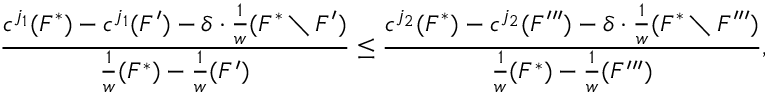
\frac { c ^ { j _ { 1 } } ( F ^ { * } ) - c ^ { j _ { 1 } } ( F ^ { \prime } ) - \delta \cdot \frac { 1 } { w } ( F ^ { * } \setminus F ^ { \prime } ) } { \frac { 1 } { w } ( F ^ { * } ) - \frac { 1 } { w } ( F ^ { \prime } ) } \le \frac { c ^ { j _ { 2 } } ( F ^ { * } ) - c ^ { j _ { 2 } } ( F ^ { \prime \prime \prime } ) - \delta \cdot \frac { 1 } { w } ( F ^ { * } \setminus F ^ { \prime \prime \prime } ) } { \frac { 1 } { w } ( F ^ { * } ) - \frac { 1 } { w } ( F ^ { \prime \prime \prime } ) } ,